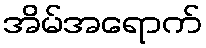
အိမ်အရောက်